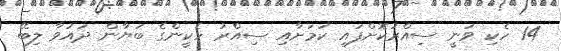
14 ހެކި ވަނީ ސިއްރުކޮށްފައި ކަމަށާއި ސިއްރު ހެކީންގެ ބަޔާން ދައުވާ ލިބޭ